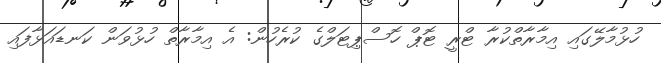
ހުޅުމާލޭގައި އިމާރާތްކުރާ ޓްރީ ޓޮޕް ހޮސްޕިޓަލްގެ ކުރެހުން: އެ އިމާރާތް ހުޅުވަން ކަނޑައަޅާފައި